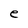
Character: e